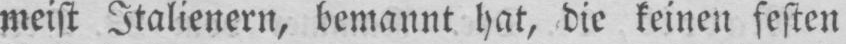
meist Italienern, bemannt hat, die keinen festen